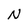
Character: N